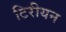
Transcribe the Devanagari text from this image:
टिरीयन